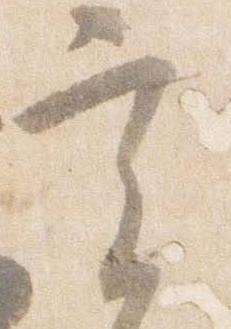
実